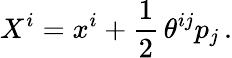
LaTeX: X^{i}=x^{i}+\frac{1}{2}\, \theta^{ij}p_{j}\, .